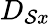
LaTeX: D_{\mathcal{S}x}